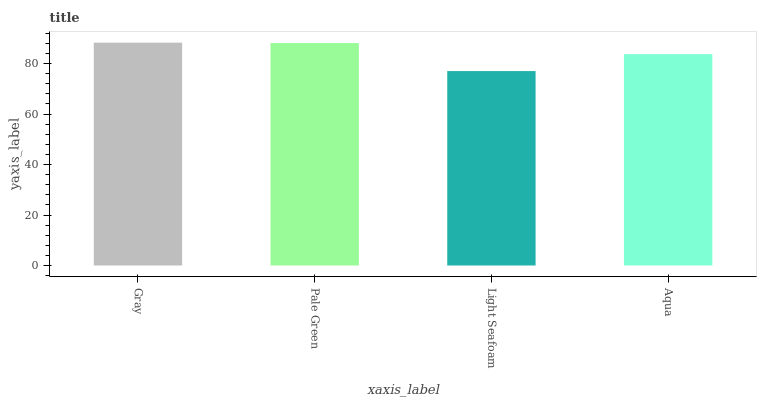
| xaxis_label | bars |
 | --- | --- |
 | Gray | 88.3 |
 | Pale Green | 88.1 |
 | Light Seafoam | 77 |
 | Aqua | 83.8 |